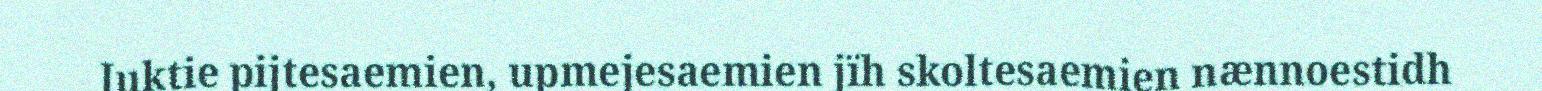
Juktie pijtesaemien, upmejesaemien jïh skoltesaemien nænnoestidh